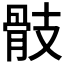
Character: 𩨝